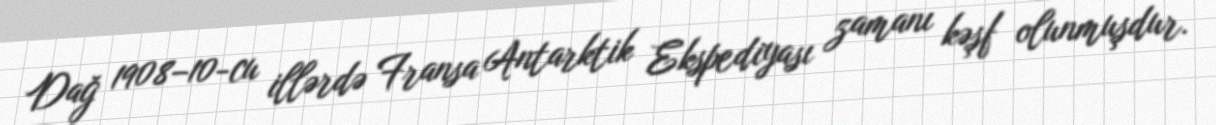
Dağ 1908–10-cu illərdə Fransa Antarktik Ekspediyası zamanı kəşf olunmuşdur.